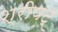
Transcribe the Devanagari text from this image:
श्रीषट्